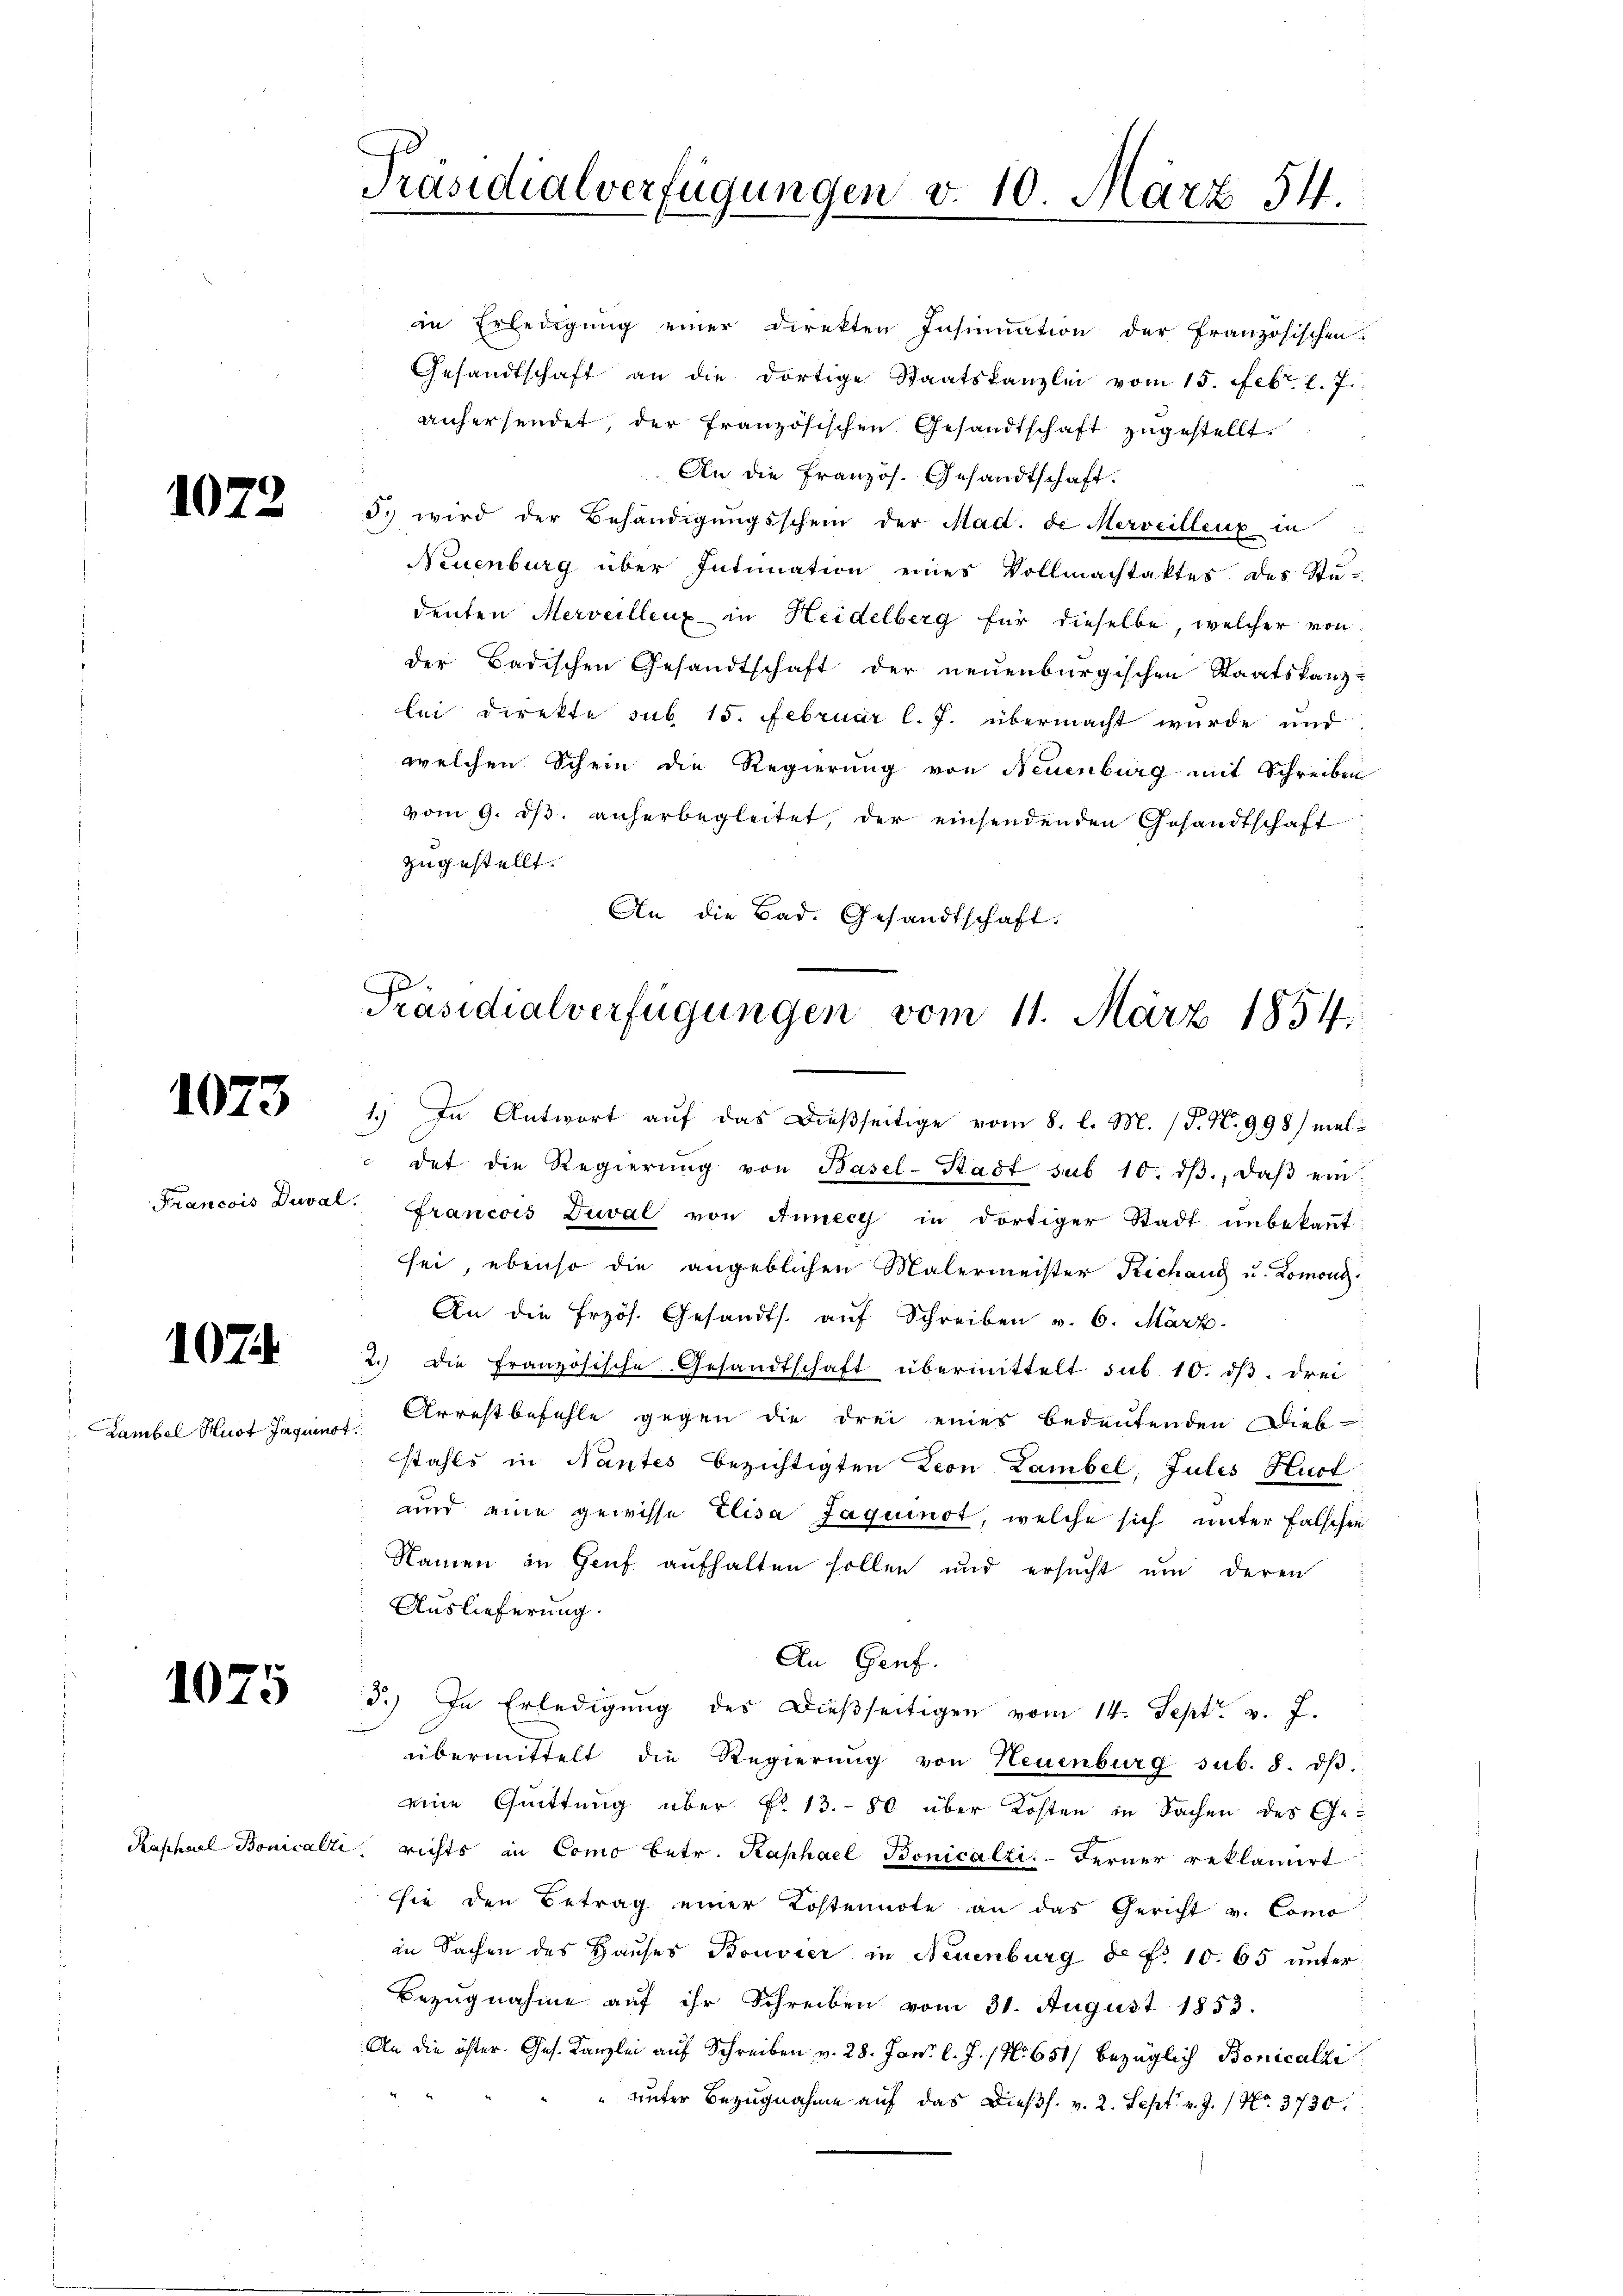
1072

1073

Francois Duva

107.

Lambel Hust Jaquinot

1075

in Erledigŭng einer Direkten Insinuation der französischen
Gesandtschaft an die dortige Staatskanzlei vom 15. Febr. l. 7.
anhersendet, der französischen Gesandtschaft zugestellt.
An die Französ. Gesandtschaft.
5. wird der Behändigŭngsschein der Mad. di Merveilleux in
Neuenburg über Intimation eines Vollmachtaktes des Stu-
denten Merveillenz in Heidelberg für dieselbe, welcher von
der Badischen Gesandtschaft der neuenburgischen Staatskanzlei direkte sub 15. Februar l. J. übermacht wurde und
welchen Schein die Regierung von Neuenburg mit Schreiben
vom 9. dβ anherbegleitet, der einsendenden Gesandtschaft
zugestellt.
An die Bad. Gesandtschaft.

Präsidialverfügungen v. 10. März 54.

.
Präsidialverfügungen vom 11. März 1854

1.) In Antwort auf das dießseitige vom 8. l. M. (T. N. 998/ meldet die Regierŭng von Basel-Stadt sub 10. dβ, daβ einl.
Francois Duval von Annecy in dortiger Stadt unbekaṅt:
sei, ebenso die angeblichen Malermeister Richang u. Romoni
An die Erzös. Gesandts. auf Schreiben v. 6. März.
2.) Die Französische Gesandtschaft übermittelt sub 10. dβ. drei
Arrestbefehle gegen die drei eines bedeutenden Dieb
stahls in Nantes bezichtigten Leon Lambel, Jules Hust
und eine gewisse Elisa Jaquinot, welche sich unter falschen
Namen in Genf aufhalten sollen und ersŭcht ŭm deren
Auslieferung.
An Genf.
d.) In Erledigung des dießseitigen vom 14. Sept. v. J.
übermittelt die Regierŭng von Neuenburg sub. 8. dβ.
eine Quittung über §. 13. 80 über Kosten in Sachen des Ge¬
Kaphael Bonicalli richts in Como betr. Kaphael Bonicalzi. Ferner reklamirt
sie den Betrag einer Kostennote an das Gericht v. Como
in Sachen des Hauses Bouvier in Neuenburg d. d. 10. 65 unter
Bezugnahme auf ihr Schreiben vom 31. August 1853.
An die öster. Ges. Kanzlei auf Schreiben v. 28. Jan. l. J. No. 651/ bezüglich Bonicalzi
" unter Bezugnahme auf das Diess. v. 2. Sept. v. J. / No. 3730.